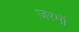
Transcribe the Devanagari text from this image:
जरमों